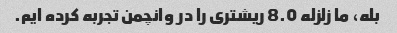
بله، ما زلزله 8.0 ریشتری را در وانچمن تجربه کرده ایم.